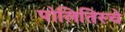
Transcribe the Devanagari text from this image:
पोलितिस्चे